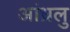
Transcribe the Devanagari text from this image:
आंध्रलु